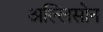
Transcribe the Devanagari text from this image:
अल्लिसोन